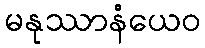
မနုဿာနံယေဝ